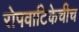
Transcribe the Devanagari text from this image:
रोपवाटिकेचीच